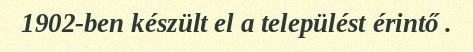
1902-ben készült el a települést érintő .